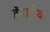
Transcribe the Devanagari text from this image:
ड्रॅमाटीक